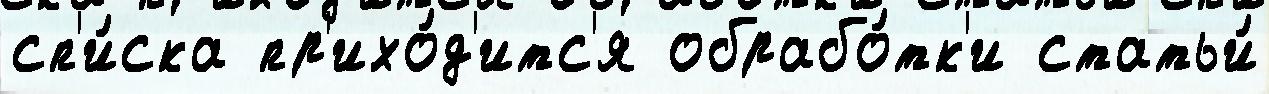
сп'и́ска пр'ихо́д'итс'я обрабо́тк'и статьи́